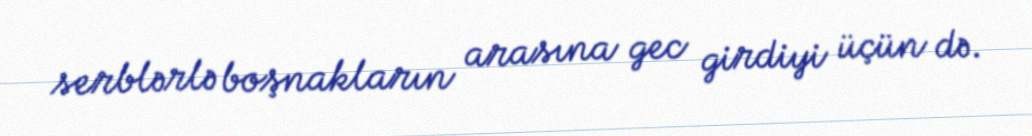
serblərlə boşnakların arasına gec girdiyi üçün də.